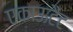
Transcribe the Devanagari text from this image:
एकाऊटैंट